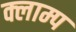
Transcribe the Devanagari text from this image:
क्लाम्प